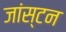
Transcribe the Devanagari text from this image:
जांस्टन